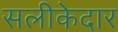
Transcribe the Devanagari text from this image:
सलीकेदार